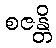
စဇန္တိ